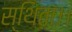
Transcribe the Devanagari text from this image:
स्थिता।।